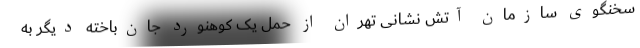
سخنگوی سازمان آتش نشانی تهران از حمل یک کوهنورد جان‌باخته دیگر به